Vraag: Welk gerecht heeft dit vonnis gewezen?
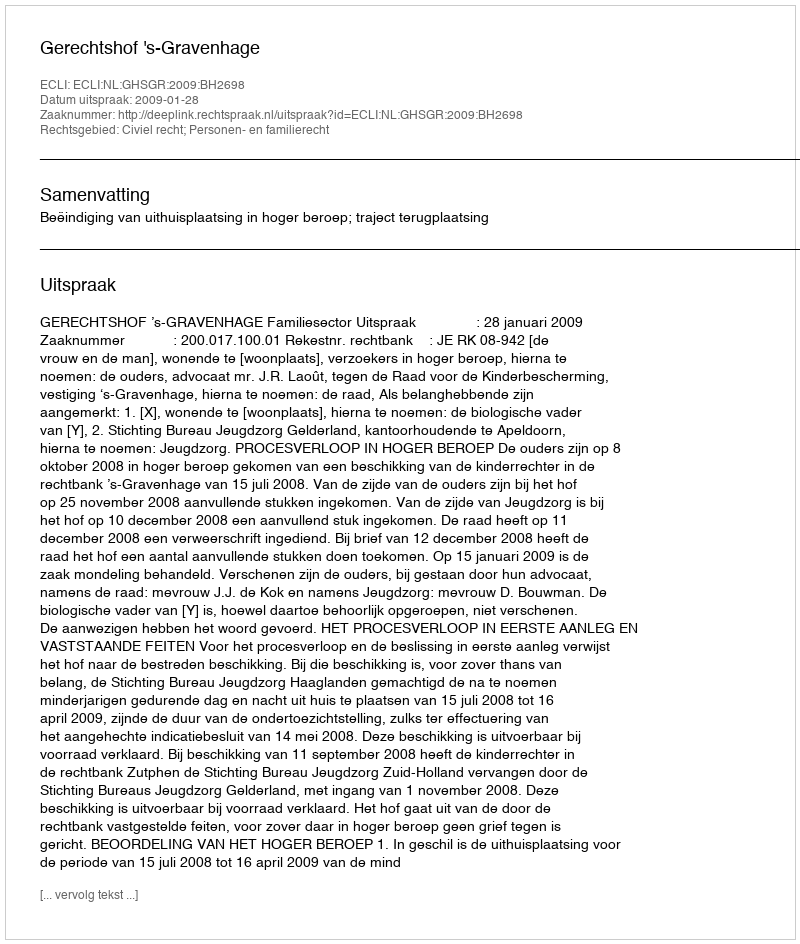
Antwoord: Gerechtshof 's-Gravenhage